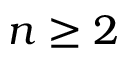
n \geq 2